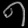
Digit: ၈